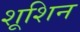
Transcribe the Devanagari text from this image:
शूशिन